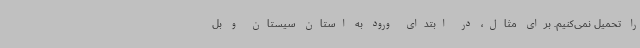
را تحمیل نمی‌کنیم. برای مثال، در ابتدای ورود به استان سیستان و بل